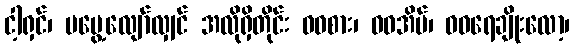
ငါ့ရှင်၊ မမွေ့လျော်လျှင် အလိုရှိတိုင်း ဝဝစား၊ ဝဝအိပ်၊ ဝဝရေချိုးလော့၊